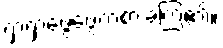
ရှာရှာဖွေဖွေကစားခဲ့ကြ၏။